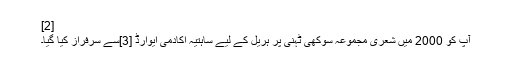
[2]
آپ کو 2000 میں شعری مجموعہ سوکھی ٹہنی پر ہریل کے لیے ساہتیہ اکادمی ایوارڈ [3]سے سرفراز کیا گیا۔